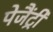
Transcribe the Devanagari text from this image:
पेजैंट्री